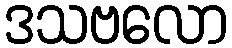
ဒသဗလော